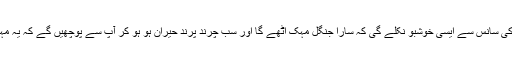
آپ اسے چریں گے تو پھر آپ کی سانس سے ایسی خوشبو نکلے گی کہ سارا جنگل مہک اٹھے گا اور سب چرند پرند حیران ہو ہو کر آپ سے پوچھیں گے کہ یہ مہک آپ میں کیونکر پیدا ہو گئی؟